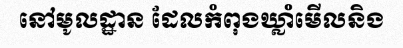
នៅមូលដ្ឋាន ដែលកំពុងឃ្លាំមើលនិង